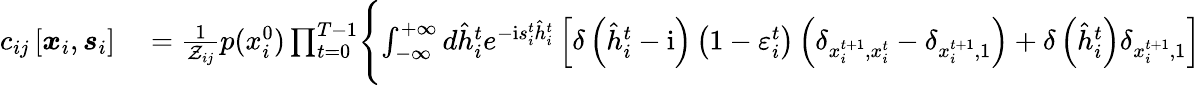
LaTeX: \begin{array}{rl}{c_{ij}\left[\boldsymbol{x}_{i},\boldsymbol{s}_{i}\right]}&{{}=\frac{1}{\mathcal{Z}_{ij}}p(x_{i}^{0})\prod_{t=0}^{T-1}\Biggl\{ \int_{-\infty}^{+\infty}d\hat{h}_{i}^{t}e^{-\mathrm{i}s_{i}^{t}\hat{h}_{i}^{t}}\left[\delta\left(\hat{h}_{i}^{t}-\mathrm{i}\right)\left(1-\varepsilon_{i}^{t}\right)\left(\delta_{x_{i}^{t+1},x_{i}^{t}}-\delta_{x_{i}^{t+1},1}\right)+\delta\left(\hat{h}_{i}^{t}\right)\delta_{x_{i}^{t+1},1}\right]}\end{array}